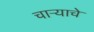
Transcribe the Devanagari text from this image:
चाऱ्याचे